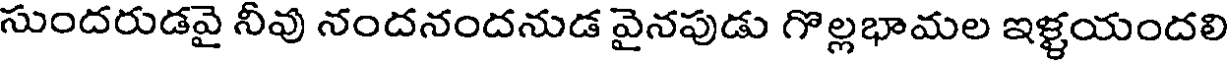
సుందరుడవై నీవు నందనందనుడ వైనపుడు గొల్లభామల ఇళ్టయందలి